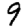
Digit: 9